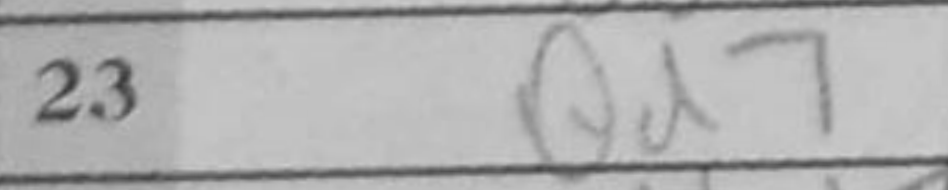
Transcription: Qd7